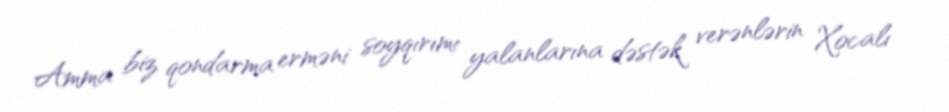
Amma biz qondarma erməni soyqırımı yalanlarına dəstək verənlərin Xocalı